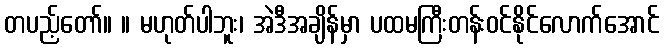
တပည့်တော်။ ။ မဟုတ်ပါဘူး၊ အဲဒီအချိန်မှာ ပထမကြီးတန်းဝင်နိုင်လောက်အောင်